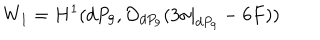
W _ { 1 } = H ^ { 1 } ( d P _ { 9 } , { \cal O } _ { d P _ { 9 } } ( 3 \sigma | _ { d P _ { 9 } } - 6 F ) )